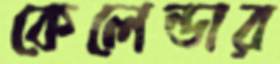
কেলেন্ডার